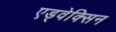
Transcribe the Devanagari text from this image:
एड्वेक्सिन